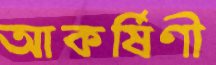
আকর্ষিণী